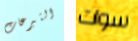
التبرعات سوات